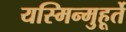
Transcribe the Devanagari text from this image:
यस्मिन्मुहूर्ते